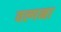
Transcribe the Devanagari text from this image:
वल्गना